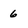
Character: 6